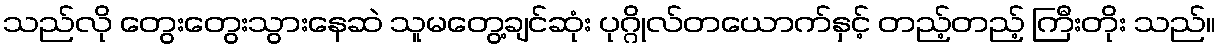
သည်လို တွေးတွေးသွားနေဆဲ သူမတွေ့ချင်ဆုံး ပုဂ္ဂိုလ်တယောက်နှင့် တည့်တည့် ကြီးတိုး သည်။